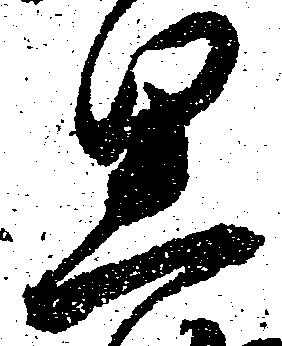
思